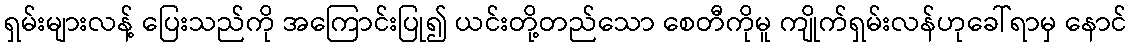
ရှမ်းများလန့် ပြေးသည်ကို အကြောင်းပြု၍ ယင်းတို့တည်သော စေတီကိုမူ ကျိုက်ရှမ်းလန်ဟုခေါ်ရာမှ နောင်